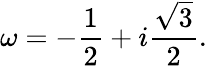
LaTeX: \omega=-{\frac{1}{2}}+i{\frac{\sqrt{3}}{2}}.